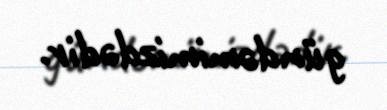
gündəmimizdədir.